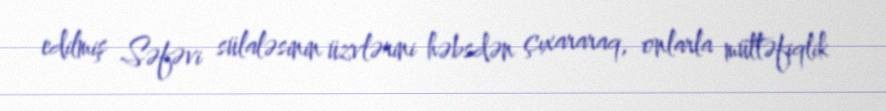
edilmiş Səfəvi sülaləsinin üzvlərini həbsdən çıxararaq, onlarla müttəfiqlik